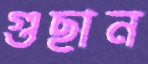
গুছান